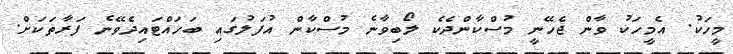
މީހަކު. އެމީހަކު ވާން ޖެހޭނީ މުސްކާންދެކެ ލޯބިވާނެ މުސްކާން އުފަލުގައި ބަހައްޓައިދެވޭނެ ފަރާތަކަށް.